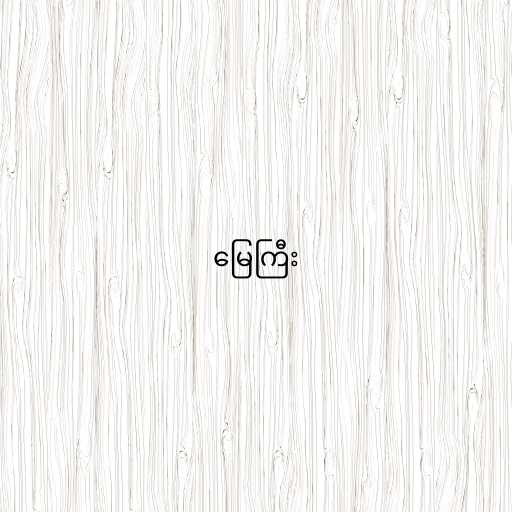
မြေကြီး